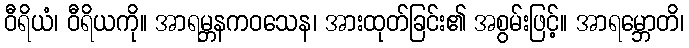
ဝီရိယံ၊ ဝီရိယကို။ အာရမ္ဘနကဝသေန၊ အားထုတ်ခြင်း၏ အစွမ်းဖြင့်။ အာရမ္ဘောတိ၊